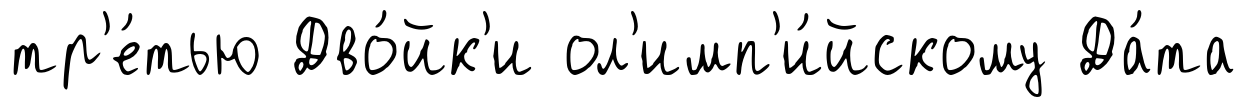
тр'е́тью Дво́йк'и ол'имп'и́йскому Да́та